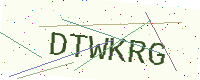
Text: DTWKRG